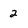
Character: 2